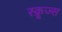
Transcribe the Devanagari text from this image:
स्क्रूज्स